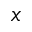
x